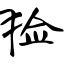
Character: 猃